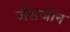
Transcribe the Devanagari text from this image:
जेंसजोन